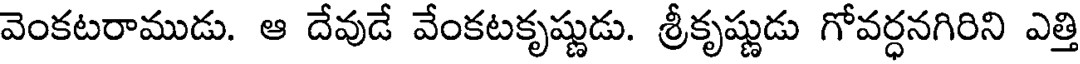
వెంకటరాముడు. ఆ దేవుడే వేంకటకృష్ణుడు. శ్రీకృష్ణుడు గోవర్ధనగిరిని ఎత్తి